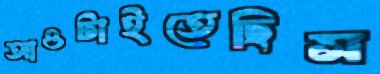
আওটাইতেছিস